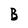
Character: B